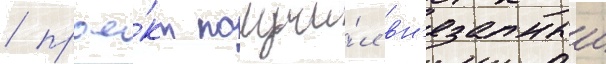
/ прое́кт получи́л вн'езапныи